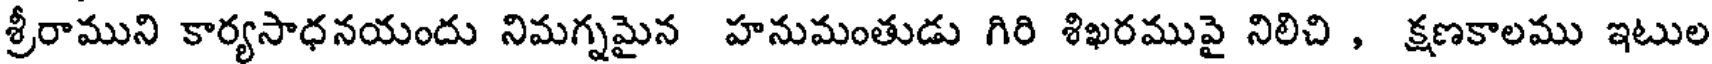
శ్రీరాముని కార్యసాధనయందు నిమగ్నమైన హనుమంతుడు గిరి శిఖరమువై నిలిచి , క్షణకాలము ఇటుల